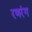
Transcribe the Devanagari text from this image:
रणरंग